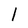
Character: l